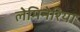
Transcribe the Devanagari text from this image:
लेमिनेरिया